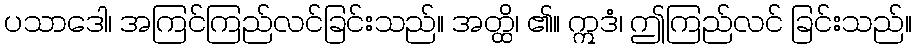
ပသာဒေါ၊ အကြင်ကြည်လင်ခြင်းသည်။ အတ္ထိ၊ ၏။ ဣဒံ၊ ဤကြည်လင် ခြင်းသည်။